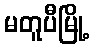
မတူပီမြို့